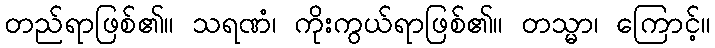
တည်ရာဖြစ်၏။ သရဏံ၊ ကိုးကွယ်ရာဖြစ်၏။ တသ္မာ၊ ကြောင့်။